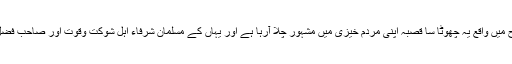
آگرہ شہر کے نواح میں واقع یہ چھوٹا سا قصبہ اپنی مردم خیزی میں مشہور چلا آرہا ہے اور یہاں کے مسلمان شرفاء اہل شوکت وقوت اور صاحب فضل وکمال رہے ہیں۔